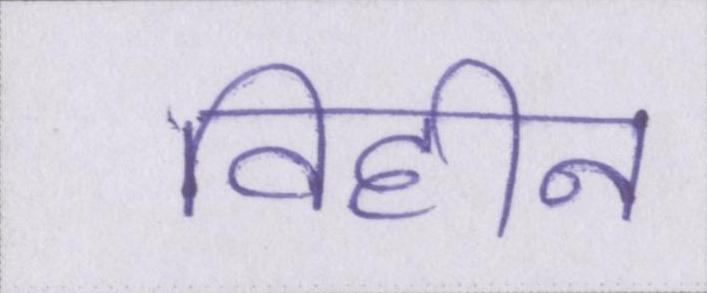
विहीन